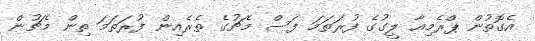
އެގޮތުން ޕްރެމިއާ ލީގުގެ ފުރަތަމަ ފަސް މެޗުގެ ތެރެއިން ފުރަތަމަ ތިން މެޗުން